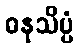
ဓနုသိပ္ပံ